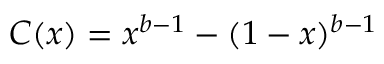
C ( x ) = x ^ { b - 1 } - ( 1 - x ) ^ { b - 1 }